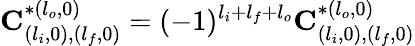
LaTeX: \mathbf{C}_{(l_{i},0),(l_{f},0)}^{*(l_{o},0)}=(-1)^{l_{i}+l_{f}+l_{o}}\mathbf{C}_{(l_{i},0),(l_{f},0)}^{*(l_{o},0)}